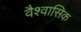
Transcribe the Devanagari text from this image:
वैश्वासिक